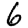
Digit: 6